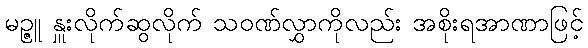
မဉ္ဇူ နှူးလိုက်ဆွလိုက် သဝဏ်လွှာကိုလည်း အစိုးရအာဏာဖြင့်